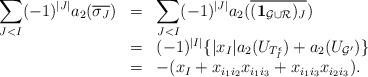
LaTeX: \begin{align*} \begin{array}{rcl}\displaystyle \sum_{J<I}(-1)^{|J|} a_2({\overline{\sigma_J}}) &=& \displaystyle\sum_{J<I}(-1)^{|J|}a_2(\overline{{({\bf 1}_{\mathcal{G} \cup \mathcal{R}})_J}}) \\&=& (-1)^{|I|} \{ |x_{I}| a_2(U_{T_{I}^\epsilon }) + a_2(U_{\mathcal{G}'}) \} \\&=& - (x_{I} + x_{i_1i_2}x_{i_1i_3} + x_{i_1i_3}x_{i_2i_3} ). \\ \end{array}\end{align*}